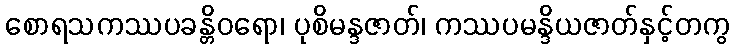
စောရသကဿပခန္တိဝရော၊ ပုစိမန္ဒဇာတ်၊ ကဿပမန္ဒိယဇာတ်နှင့်တကွ